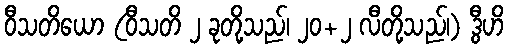
ဝီသတိယော (ဝီသတိ ၂ ခုတို့သည်၊ ၂၀+၂ လီတို့သည်၊) ဒွီဟိ